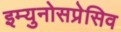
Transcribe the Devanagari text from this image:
इम्युनोसप्रेसिव